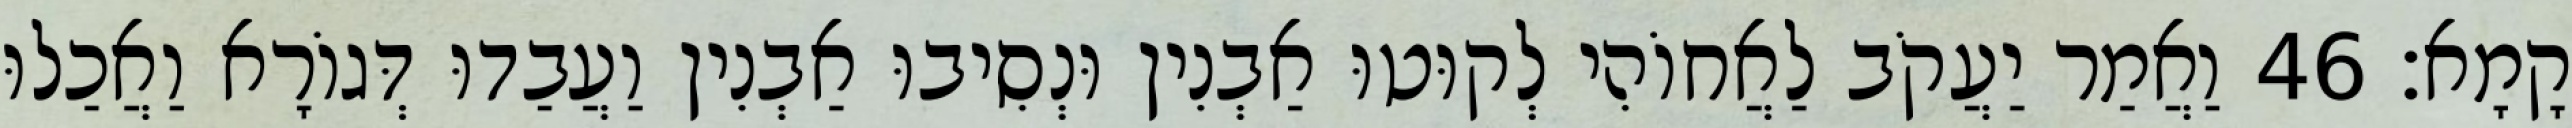
קָמָא׃ 46 וַאֲמַר יַעֲקֹב לַאֲחוֹהִי לְקוּטוּ אַבְנִין וּנְסִיבוּ אַבְנִין וַעֲבַדוּ דְּגוֹרָא וַאֲכַלוּ